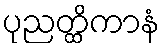
ပုညတ္ထိကာနံ